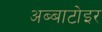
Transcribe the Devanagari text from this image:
अब्बाटोइर